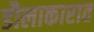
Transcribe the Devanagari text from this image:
डौलाकारात